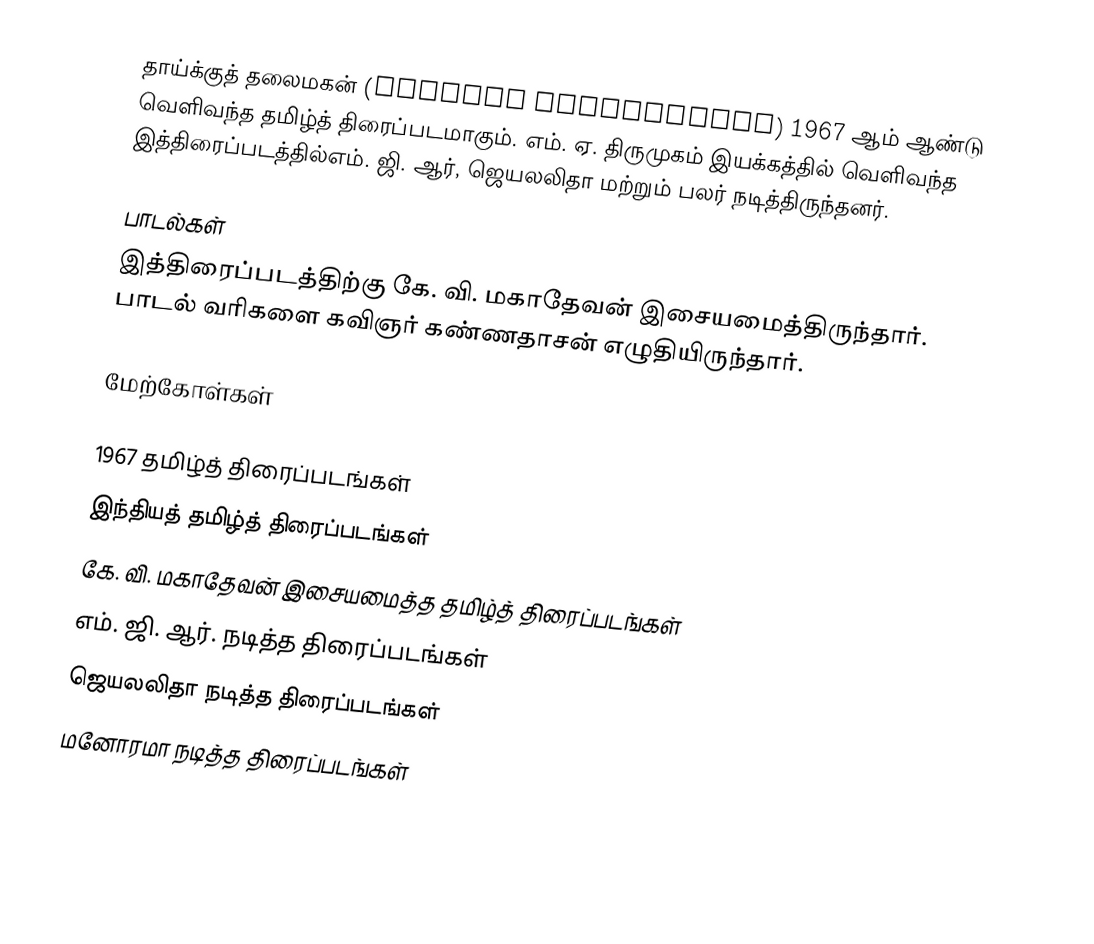
தாய்க்குத் தலைமகன் (Thaikku Thalaimagan) 1967 ஆம் ஆண்டு வெளிவந்த தமிழ்த் திரைப்படமாகும். எம். ஏ. திருமுகம் இயக்கத்தில் வெளிவந்த இத்திரைப்படத்தில்எம். ஜி. ஆர், ஜெயலலிதா மற்றும் பலர் நடித்திருந்தனர்.

பாடல்கள்
இத்திரைப்படத்திற்கு கே. வி. மகாதேவன் இசையமைத்திருந்தார். பாடல் வரிகளை கவிஞர் கண்ணதாசன் எழுதியிருந்தார்.

மேற்கோள்கள்

1967 தமிழ்த் திரைப்படங்கள்
இந்தியத் தமிழ்த் திரைப்படங்கள்
கே. வி. மகாதேவன் இசையமைத்த தமிழ்த் திரைப்படங்கள்
எம். ஜி. ஆர். நடித்த திரைப்படங்கள்
ஜெயலலிதா நடித்த திரைப்படங்கள்
மனோரமா நடித்த திரைப்படங்கள்